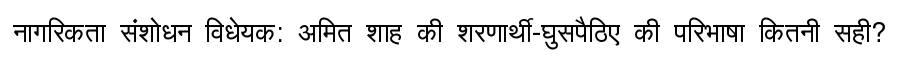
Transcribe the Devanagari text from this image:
नागरिकता संशोधन विधेयक: अमित शाह की शरणार्थी-घुसपैठिए की परिभाषा कितनी सही?